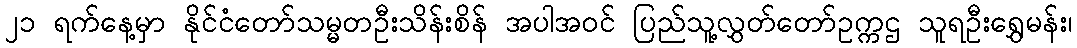
၂၁ ရက်နေ့မှာ နိုင်ငံတော်သမ္မတဦးသိန်းစိန် အပါအဝင် ပြည်သူ့လွှတ်တော်ဥက္ကဌ သူရဦးရွှေမန်း၊